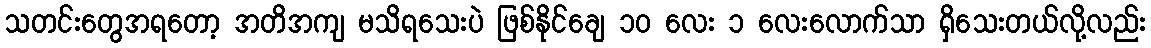
သတင်းတွေအရတော့ အတိအကျ မသိရသေးပဲ ဖြစ်နိုင်ချေ ၁၀ လေး ၁ လေးလောက်သာ ရှိသေးတယ်လို့လည်း